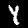
Digit: 4